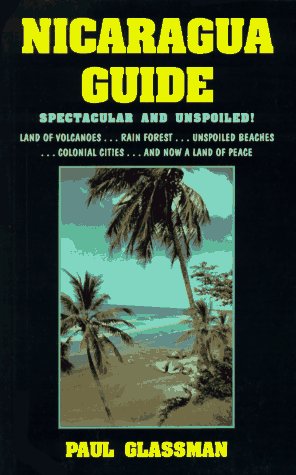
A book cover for Nicaragua Guide: Spectacular and Unspoiled; Paul Glassman; Travel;